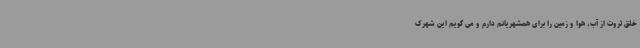
خلق ثروت از آب، هوا و زمین را برای همشهریانم دارم و می گویم این شهرک